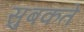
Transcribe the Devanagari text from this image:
सुबकते